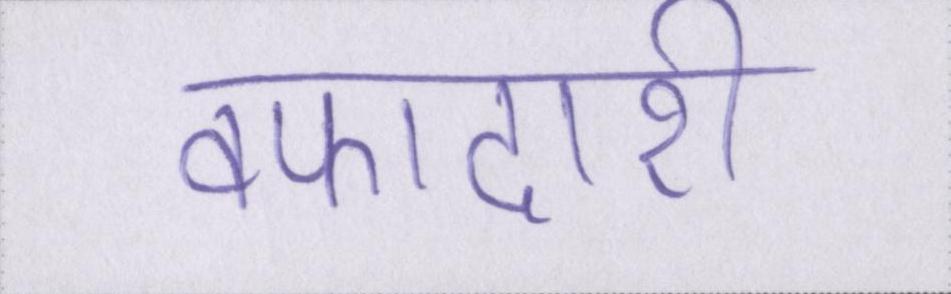
वफादारी